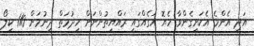
އަދި އެންމެ އެކަށީގެންވާ ހެޔޮ އަގެއްގައި ރައްޔިތުންނަށް ހިދުމަތް ދިނުމަށް 110 ކިލޯ